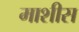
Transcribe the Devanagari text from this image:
माशीस